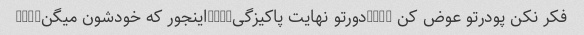
فکر نکن پودرتو عوض کن ????دورتو نهایت پاکیزگی????اینجور که خودشون میگن????